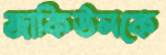
জাকিউলকে